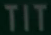
TIT